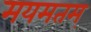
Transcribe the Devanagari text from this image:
मयमतम्